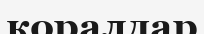
коралдар